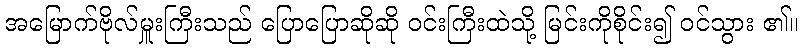
အမြောက်ဗိုလ်မှူးကြီးသည် ပြောပြောဆိုဆို ဝင်းကြီးထဲသို့ မြင်းကိုစိုင်း၍ ဝင်သွား ၏။